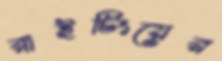
রাইটিংয়ের